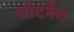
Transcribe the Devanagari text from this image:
लोटमैन